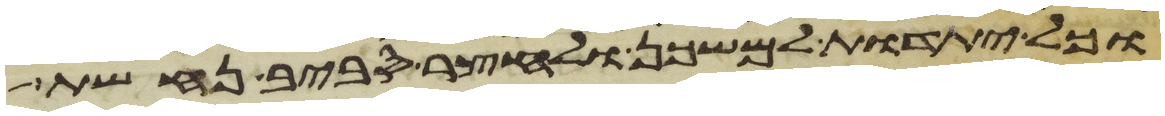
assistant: וכל יתדות למשכן ולחצר סביב נחשת